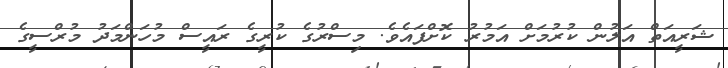
ޝަރީއަތް އަލުން ކުރުމަށް އަމުރު ކޮށްފައެވެ. މިސްރުގެ ކުރީގެ ރައީސް މުހަންމަދު މުރްސީގެ